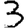
Digit: 3